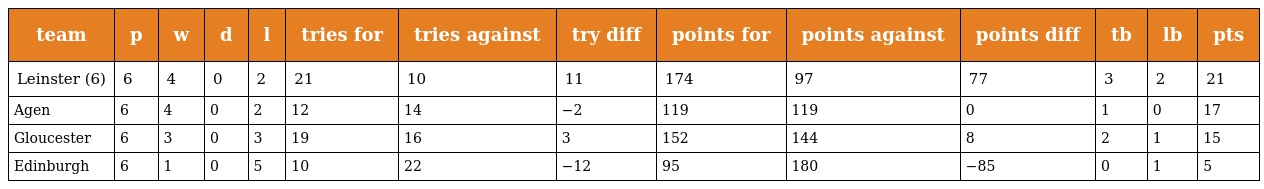
| team | p | w | d | l | tries for | tries against | try diff | points for | points against | points diff | tb | lb | pts |
 | --- | --- | --- | --- | --- | --- | --- | --- | --- | --- | --- | --- | --- | --- |
 | Leinster (6) | 6 | 4 | 0 | 2 | 21 | 10 | 11 | 174 | 97 | 77 | 3 | 2 | 21 |
 | Agen | 6 | 4 | 0 | 2 | 12 | 14 | −2 | 119 | 119 | 0 | 1 | 0 | 17 |
 | Gloucester | 6 | 3 | 0 | 3 | 19 | 16 | 3 | 152 | 144 | 8 | 2 | 1 | 15 |
 | Edinburgh | 6 | 1 | 0 | 5 | 10 | 22 | −12 | 95 | 180 | −85 | 0 | 1 | 5 |